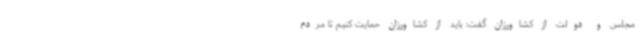
مجلس و دولت از کشاورزان گفت: باید از کشاورزان حمایت کنیم تا مردم